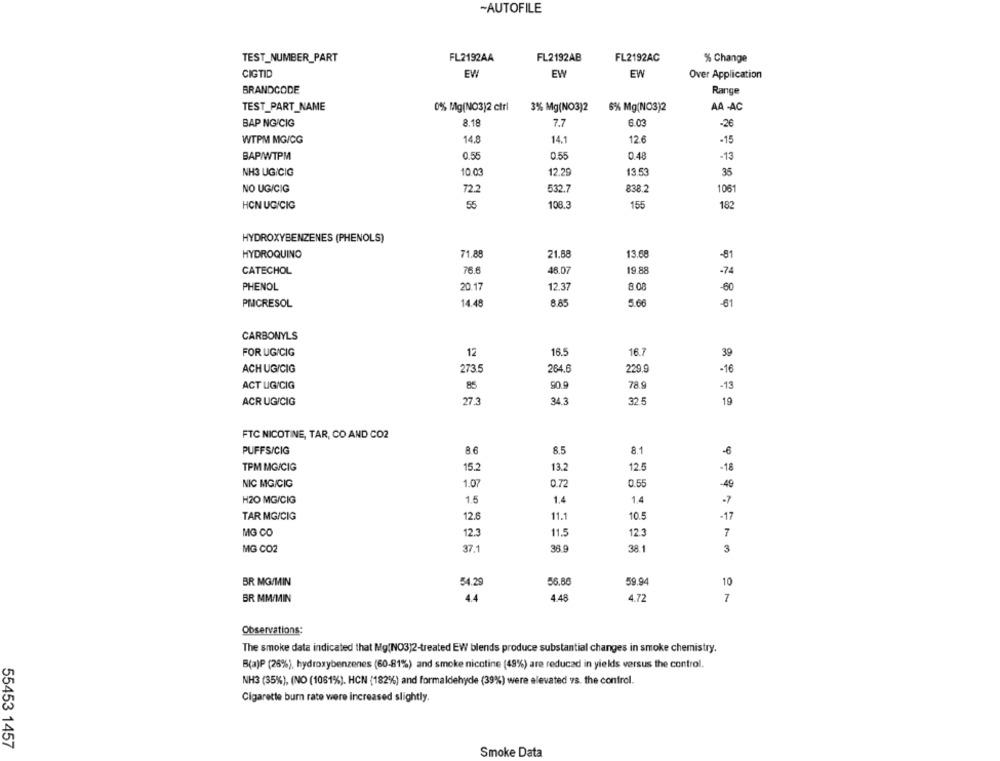
~AUTOFILE
TEST_NUMBER_PART
FL2192AA
FL2192AB
FL2192AC
% Change
CIGTID
EW
EW
EW
Over Application
BRANDCODE
Range
0% Mg(NO3)2 ctrl
AA -AC
TEST_PART_NAME
3% Mg(NO3)2
6% Mg(NO3)2
BAP NG/CIG
8.18
7.7
6.03
-26
WTPM MG/CG
14.8
14.1
12.6
-15
BAP/WTPM
0,55
0.55
0.48
-13
NH3 UGICIG
10.03
12.29
13.53
35
NO UG/CIG
72.2
532.7
838.2
1061
HON UG/CIG
55
108.3
15
182
HYDROXYBENZENES (PHENOLS)
HYDROQUINO
71.88
21.88
13.68
-81
CATECHOL
76.6
45.07
19.88
-74
PHENOL
20.17
12.37
8.00
-60
PMCRESOL
14.48
8.85
5.66
-61
CARBONYLS
16.5
16.7
FOR UGICIG
12
39
ACH UGICIG
273.5
264.6
229.9
-16
ACT UGICIG
85
90.0
78.9
-13
ACR UGICIG
27.3
34.3
32.5
19
FTC NICOTINE, TAR, CO AND CO2
PUFFS/CIG
86
8.5
8.1
-6
-18
TPM MG/CIG
15.2
13.2
12.5
NIC MG/CIG
1.07
0.72
0.55
-49
H20 MG/CIG
1.5
1.4
.7
TAR MG/CIG
12.6
11.1
10.5
-17
MG CO
12.3
11.5
12.3
7
MG CO2
37.1
36.9
38.1
3
BR MG/MIN
54.29
56.80
59.94
10
BR MM/MIN
4.4
4.48
4.72
7
Observations:
The smoke data indicated that Mg(NO3)2-treated EW blends produce substantial changes in smoke chemistry.
B(a)P (26%), hydroxybenzenes (60-81%) and smoke nicotine (49%) are reduced in yields versus the control.
NH3 (35%), (NO (1061%). HCN (182%) and formaldehyde (39%) were elevated v8. the control.
Cigarette burn rate were increased slightly.
55453 1457
Smoke Data